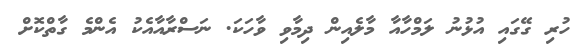
ހުރި ގޭގައި އުޅުނު ލަމްހާއާ މާލެއިން ދިމާވި ވާހަކަ. ނަސްރާއާއެކު އެންމެ ގާތްކޮށް